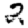
Digit: 2